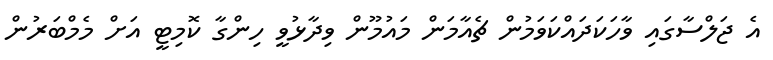
އެ ޖަލްސާގައި ވާހަކަދައްކަވަމުން ޗެއާމަން މައުމޫން ވިދާޅުވީ ހިންގާ ކޮމިޓީ އަށް މެމްބަރުން